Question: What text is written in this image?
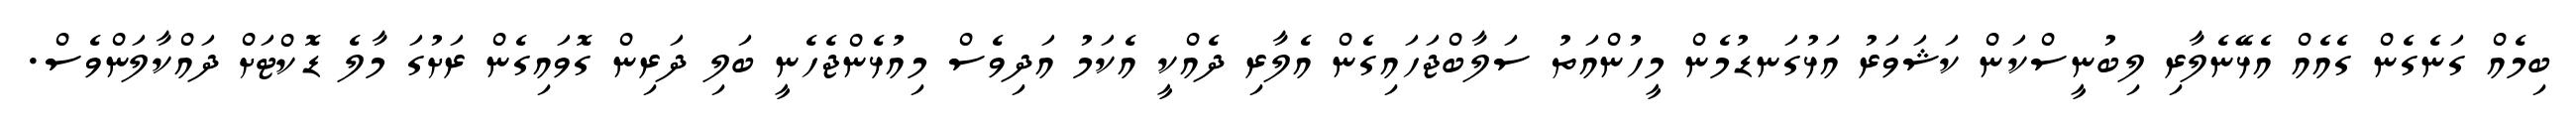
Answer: ބިމެއް ގަނެގެން ގެއެއް އެޅޭނެލާރި ލިބުނީސްކަން ކަޝަވަރު އަޅުގަނޑުމެން މީހުންއަތު ސަލާބްޖަހައިގެން އެލާރި ދެއްކީ އެކަމު އަދިވެސް މިއުޅެންޖެހެނީ ބަލި ދަރިން ގޮވައިގެން ރަށުގަ މާލެ ޑޮކްޓަށް ދައްކާލަންވެސް.